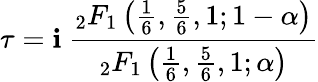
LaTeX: \tau=\mathbf{i}\ {\frac{{{}_{2}F_{1}\left({\frac{{1}}{{6}}},{\frac{{5}}{{6}}},1;1-\alpha\right)}}{{{}_{2}F_{1}\left({\frac{{1}}{{6}}},{\frac{{5}}{{6}}},1;\alpha\right)}}}